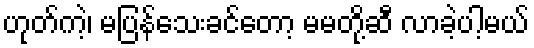
ဟုတ်ကဲ့၊ မပြန်သေးခင်တော့ မမတို့ဆီ လာခဲ့ပါ့မယ်